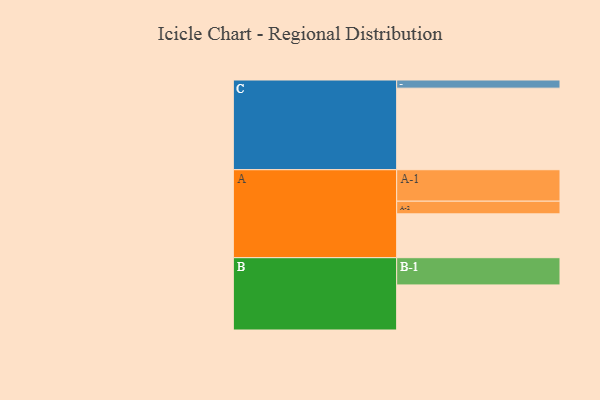
{"axis": {"x": "Segment", "y": "Value"}, "legend": ["", "A", "B", "C"], "data": [{"x": "A", "y": 322, "type": ""}, {"x": "B", "y": 331, "type": ""}, {"x": "C", "y": 599, "type": ""}, {"x": "A-1", "y": 231, "type": "A"}, {"x": "A-2", "y": 93, "type": "A"}, {"x": "B-1", "y": 200, "type": "B"}, {"x": "C-1", "y": 60, "type": "C"}]}